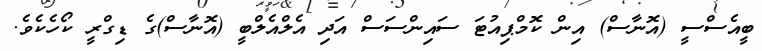
ބީއެސްސީ (އޮނާސް) އިން ކޮމްޕިއުޓަ ސައިންސަަސް އަދި އެލްއެލްބީ (އޮނާސް)ގެ ޑިގްރީ ކޯހެކެވެ.